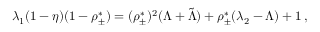
\lambda _ { 1 } ( 1 - \eta ) ( 1 - \rho _ { \pm } ^ { * } ) = ( \rho _ { \pm } ^ { * } ) ^ { 2 } ( \Lambda + \tilde { \Lambda } ) + \rho _ { \pm } ^ { * } ( \lambda _ { 2 } - \Lambda ) + 1 \, ,